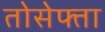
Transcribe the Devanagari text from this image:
तोसेफ्ता